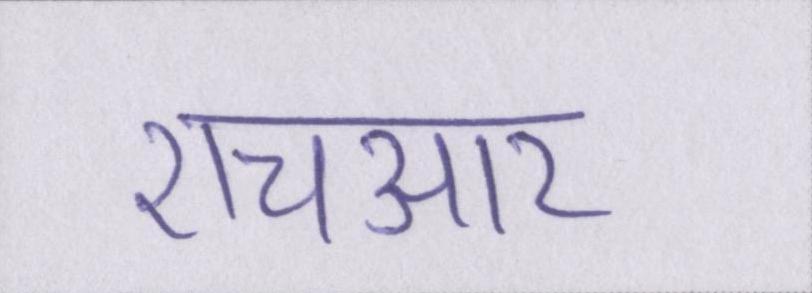
एचआर